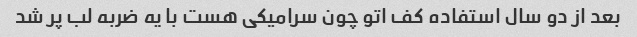
بعد از دو سال استفاده کف اتو چون سرامیکی هست با یه ضربه لب پر شد